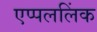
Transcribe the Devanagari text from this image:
एप्पललिंक